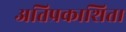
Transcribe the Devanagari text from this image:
अतिप्रकाशित।